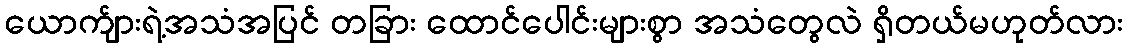
ယောက်ျားရဲ့အသံအပြင် တခြား ထောင်ပေါင်းများစွာ အသံတွေလဲ ရှိတယ်မဟုတ်လား